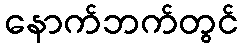
နောက်ဘက်တွင်